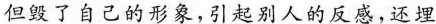
但毁了自己的形象，引起别人的反感，还埋